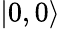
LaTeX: \left\vert 0,0\right\rangle